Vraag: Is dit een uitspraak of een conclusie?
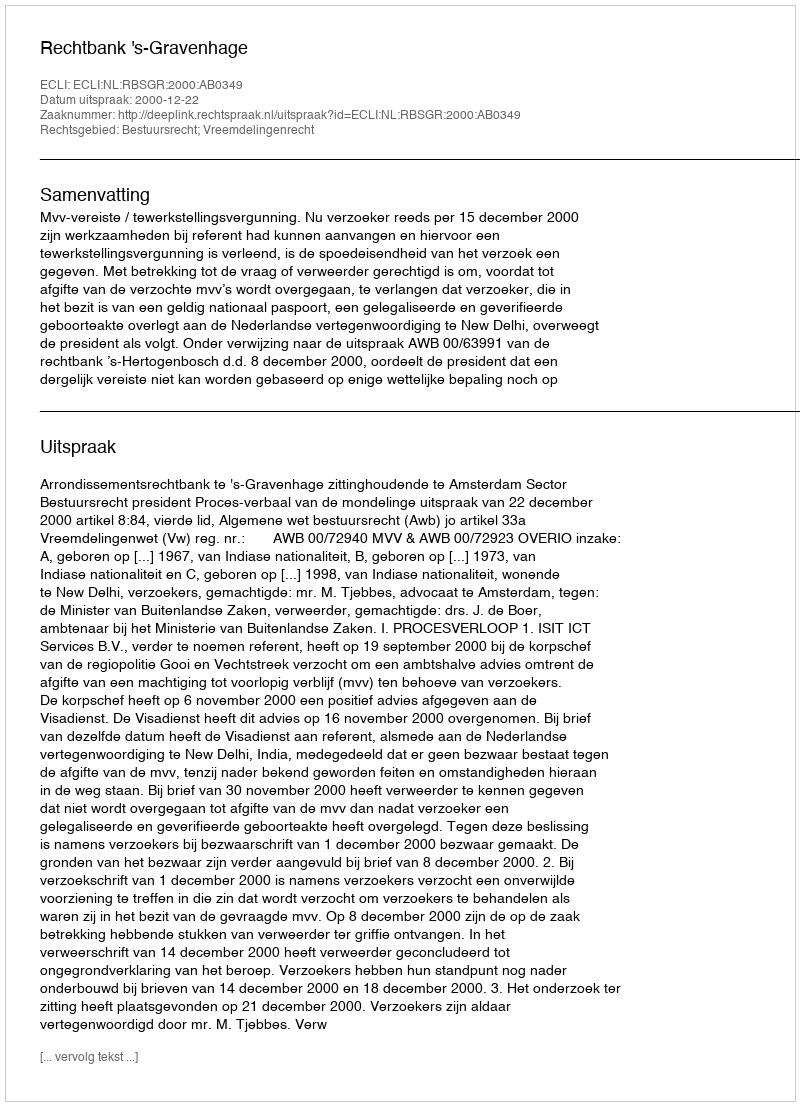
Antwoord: Uitspraak